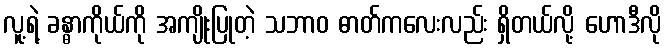
လူ့ရဲ့ ခန္ဓာကိုယ်ကို အကျိုးပြုတဲ့ သဘာဝ ဓာတ်ကလေးလည်း ရှိတယ်လို့ ဟောဒီလို